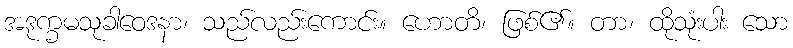
အဒုက္ခမသုခါဝေဒနာ၊ သည်လည်းကောင်း။ ဟောတိ၊ ဖြစ်၏။ တာ၊ ထိုသုံးပါး သော